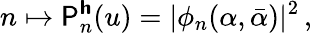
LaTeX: n\mapsto\mathsf{P}_{n}^{\boldsymbol{\mathsf{h}}}(u)=\vert\phi_{n}(\alpha,\bar{\alpha})\vert^{2}\, ,